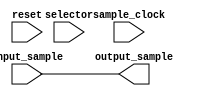
module dsp_subsystem (input sample_clock,  input reset, input [1:0] selector, input [15:0] input_sample, output [15:0] output_sample);

assign output_sample = input_sample;




endmodule